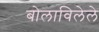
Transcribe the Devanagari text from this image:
बोलाविलेले